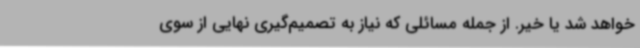
خواهد شد یا خیر. از جمله مسائلی که نیاز به تصمیم‌گیری نهایی از سوی